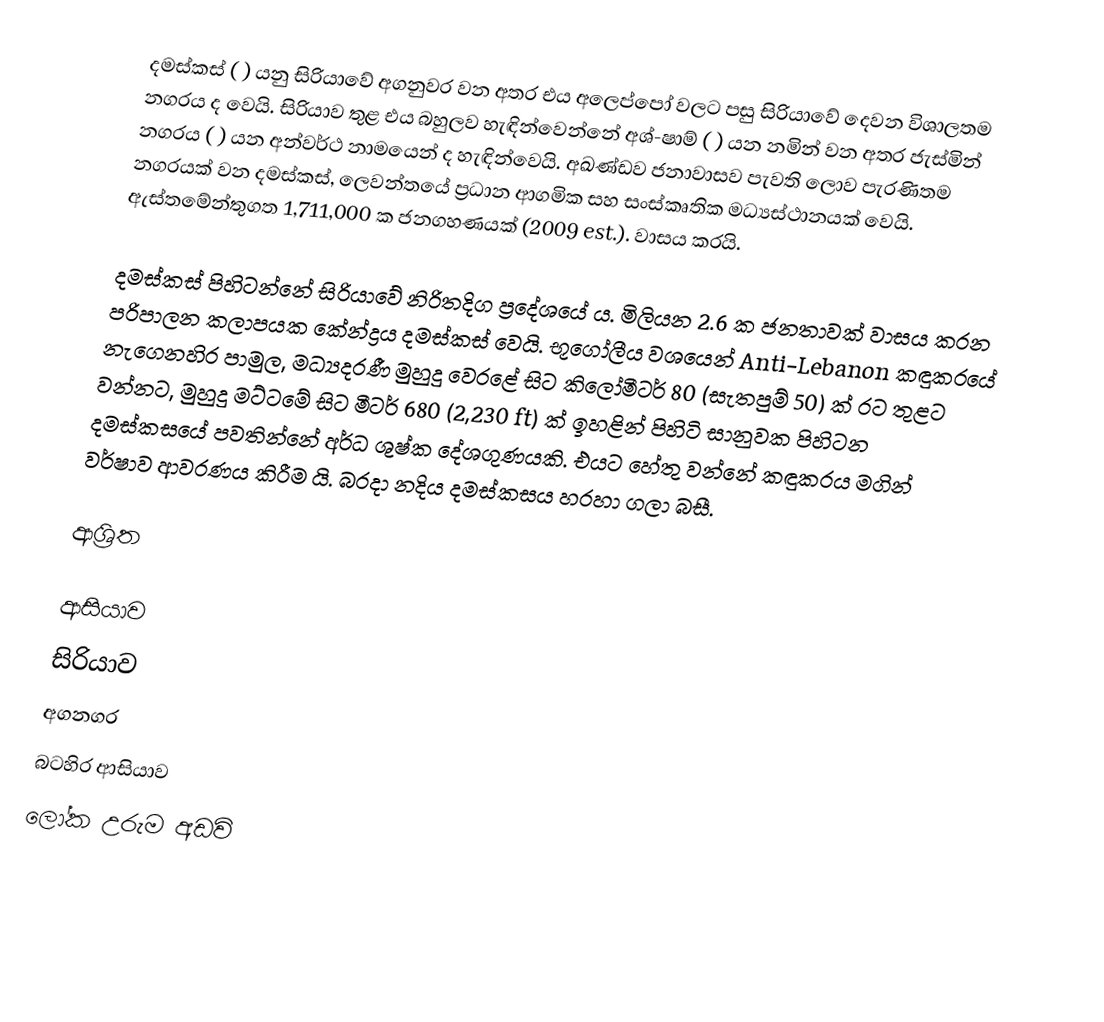
දමස්කස් ( ) යනු සිරියාවේ අගනුවර වන අතර එය අලෙප්පෝ වලට පසු සිරියාවේ දෙවන විශාලතම නගරය ද වෙයි. සිරියාව තුළ එය බහුලව හැඳින්වෙන්නේ අශ්-ෂාම් ( ) යන නමින් වන අතර ජැස්මින් නගරය ( ) යන අන්වර්ථ නාමයෙන් ද හැඳින්වෙයි. අඛණ්ඩව ජනාවාසව පැවති      ලොව පැරණිතම නගරයක් වන දමස්කස්, ලෙවන්තයේ ප්‍රධාන ආගමික සහ සංස්කෘතික මධ්‍යස්ථානයක් වෙයි. ඇස්තමේන්තුගත 1,711,000 ක ජනගහණයක් (2009 est.). වාසය කරයි.

දමස්කස් පිහිටන්නේ සිරියාවේ නිරිතදිග ප්‍රදේශයේ ය. මිලියන 2.6 ක ජනතාවක් වාසය කරන පරිපාලන කලාපයක කේන්ද්‍රය දමස්කස් වෙයි. භූගෝලීය වශයෙන් Anti-Lebanon කඳුකරයේ නැගෙනහිර පාමුල, මධ්‍යදරණී මුහුදු වෙරළේ සිට කිලෝමීටර් 80 (සැතපුම් 50) ක් රට තුළට වන්නට, මුහුදු මට්ටමේ සිට මීටර් 680 (2,230 ft) ක් ඉහළින් පිහිටි සානුවක පිහිටන දමස්කසයේ පවතින්නේ අර්ධ ශුෂ්ක දේශගුණයකි. එයට හේතු වන්නේ කඳුකරය මගින් වර්ෂාව ආවරණය කිරීම යි. බරදා නදිය දමස්කසය හරහා ගලා බසී.

ආශ්‍රිත

ආසියාව
සිරියාව
අගනගර
බටහිර ආසියාව
ලෝක උරුම අඩවි